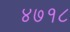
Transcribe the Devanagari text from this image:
४७१८